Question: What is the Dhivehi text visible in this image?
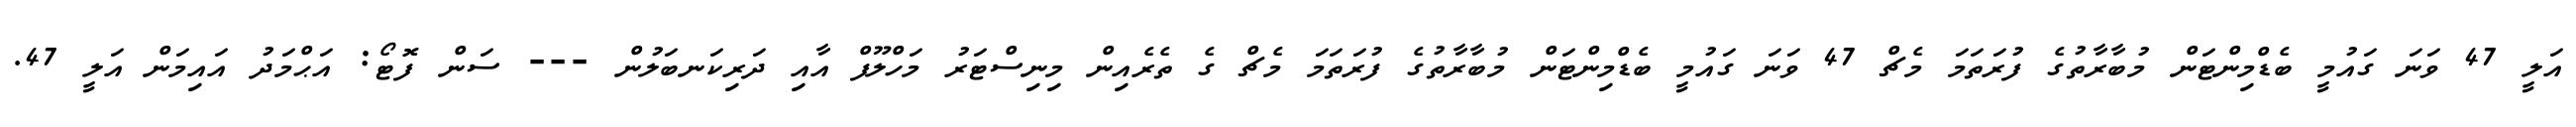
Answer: އަލީ 47 ވަނަ ގައުމީ ބެޑްމިންޓަން މުބާރާތުގެ ފުރަތަމަ މެޗް 47 ވަނަ ގައުމީ ބެޑްމިންޓަން މުބާރާތުގެ ފުރަތަމަ މެޗް ގެ ތެރެއިން މިނިސްޓަރު މަހްލޫފް އާއި ދަރިކަނބަލުން --- ސަން ފޮޓޯ: އަޙްމަދު އައިމަން އަލީ 47.